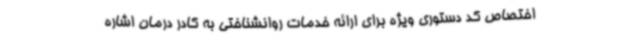
اختصاص کد دستوری ویژه برای ارائه خدمات روانشناختی به کادر درمان اشاره